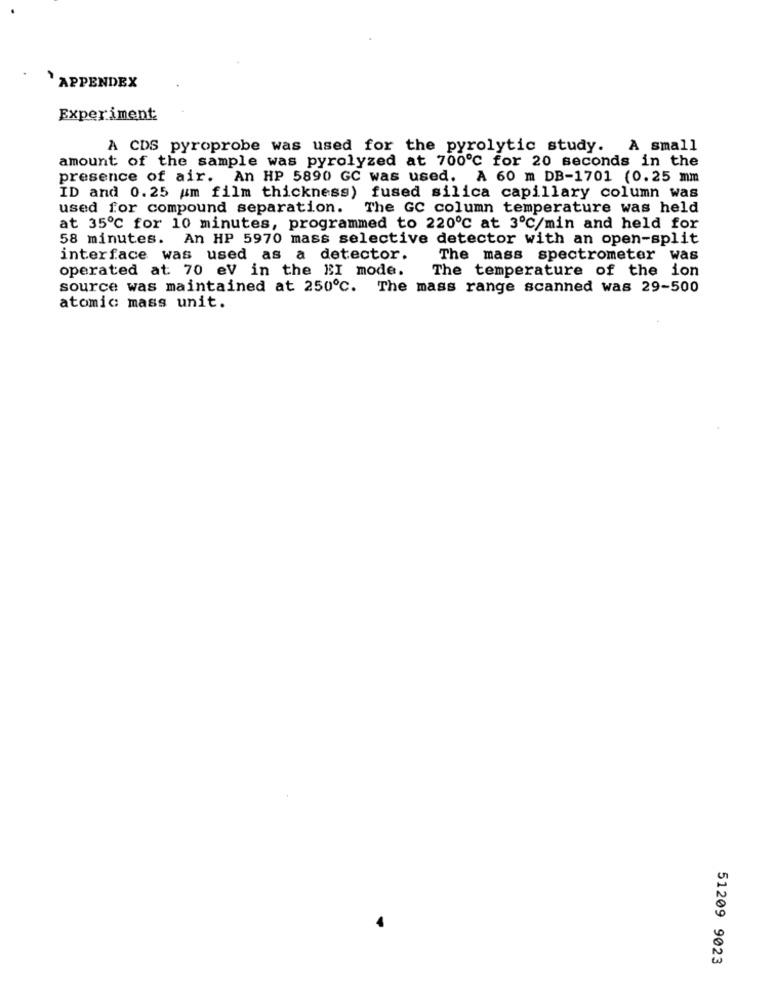
APPENDEX
Experiment
A CDS pyroprobe was used for the pyrolytic study. A small
amount of the sample was pyrolyzed at 700℃ for 20 seconds in the
presence of air. An HP 5890 GC was used. A 60 m DB-1701 (0.25 mm
ID and 0.25 um film thickness) fused silica capillary column was
used for compound separation.
The GC column temperature was held
at 35℃ for 10 minutes, programmed to 220℃ at 3℃/min and held for
58 minutes. An HP 5970 mass selective detector with an open-split
interface was used as a detector.
The mass spectrometer was
operated at 70 ev in the EI mode.
The temperature of the ion
source was maintained at 250℃. The mass range scanned was 29-500
atomic: mass unit.
51209 9023